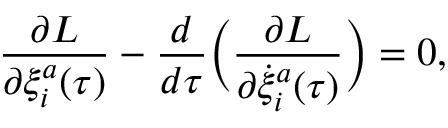
\frac { \partial L } { \partial \xi _ { i } ^ { a } ( \tau ) } - \frac { d } { d \tau } \Big ( \frac { \partial L } { \partial \dot { \xi } _ { i } ^ { a } ( \tau ) } \Big ) = 0 ,